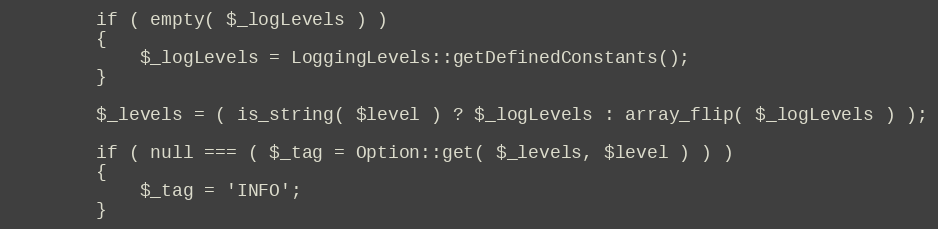
Language: PHP
        if ( empty( $_logLevels ) )
        {
            $_logLevels = LoggingLevels::getDefinedConstants();
        }

        $_levels = ( is_string( $level ) ? $_logLevels : array_flip( $_logLevels ) );

        if ( null === ( $_tag = Option::get( $_levels, $level ) ) )
        {
            $_tag = 'INFO';
        }